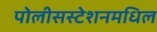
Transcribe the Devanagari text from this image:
पोलीसस्टेशनमधिल